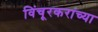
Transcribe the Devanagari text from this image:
विंचूरकरांच्या